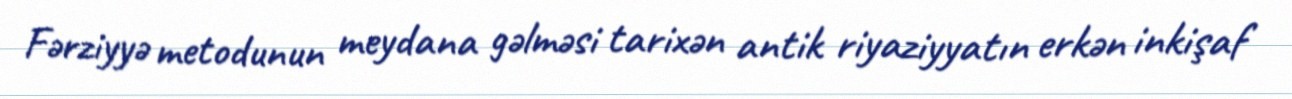
Fərziyyə metodunun meydana gəlməsi tarixən antik riyaziyyatın erkən inkişaf